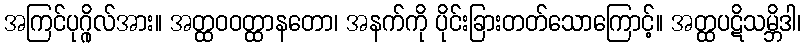
အကြင်ပုဂ္ဂိုလ်အား။ အတ္ထဝဝတ္ထာနတော၊ အနက်ကို ပိုင်းခြားတတ်သောကြောင့်။ အတ္ထပဋိသမ္ဘိဒါ၊